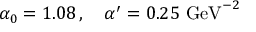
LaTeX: \alpha _ { 0 } = 1 . 0 8 \, , \quad \alpha ^ { \prime } = 0 . 2 5 ~ \mathrm { G e V } ^ { - 2 } \,